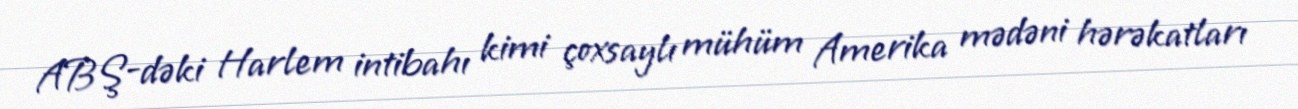
ABŞ-dəki Harlem intibahı kimi çoxsaylı mühüm Amerika mədəni hərəkatları